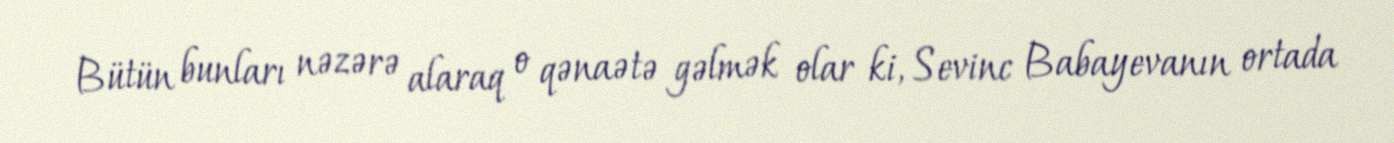
Bütün bunları nəzərə alaraq o qənaətə gəlmək olar ki, Sevinc Babayevanın ortada